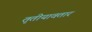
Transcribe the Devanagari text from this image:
तृतीयावतार